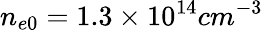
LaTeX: n_{e0}=1.3\times 10^{14}cm^{-3}